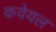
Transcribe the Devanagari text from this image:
कवेयल